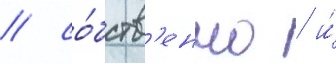
/ со́бств'енно / и́